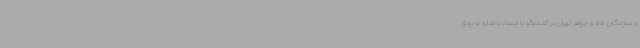
و سازندگان طلا و جواهر تهران در گفت‌وگو با ایسنا، با اشاره به رونق